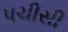
પચીસી